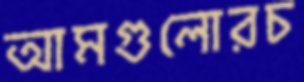
আমগুলোরচ